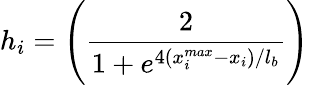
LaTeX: h_{i}=\Bigg(\frac{2}{1+e^{4({x_{i}^{max}-x_{i}})/l_{b}}}\Bigg)